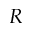
R